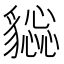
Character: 𧴕